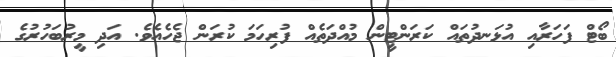
ބޯޓް ފަހަރާއި އުޅަނދުތައް ކަރަންޓީން މުއްދަތެއް ފުރިހަމަ ކުރަން ޖެހެއެވެ. އަދި މީރުބަހުރުގެ